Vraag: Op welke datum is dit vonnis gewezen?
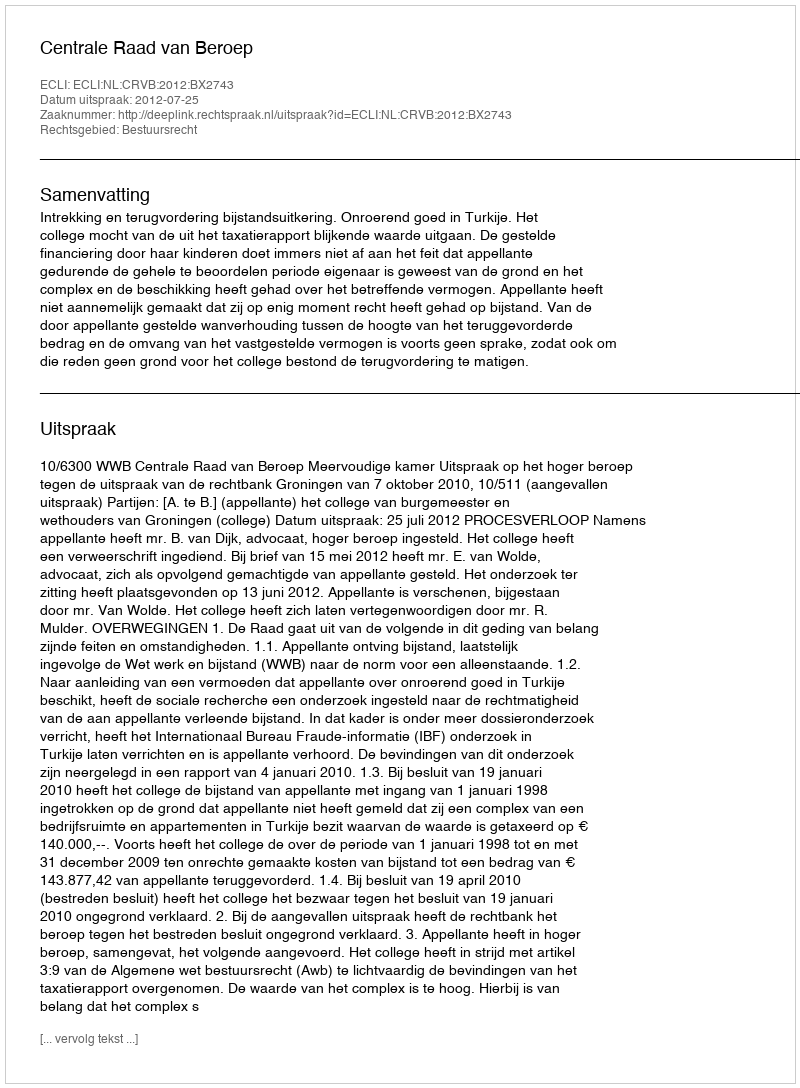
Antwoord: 2012-07-25